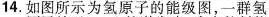
14.如图所示为氢原子的能级图，一群氢